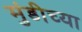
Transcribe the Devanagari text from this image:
मुंडीच्या